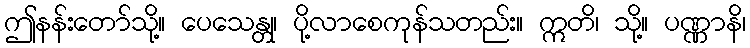
ဤနန်းတော်သို့။ ပေသေန္တု၊ ပို့လာစေကုန်သတည်း။ ဣတိ၊ သို့။ ပဏ္ဏာနိ၊